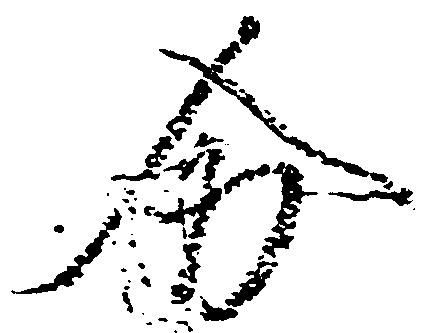
分